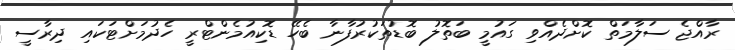
ރާއްޖެ ސަލާމަތް ކޮށްދެއްވި ގައުމީ ބަތޮލު ބޮޑުތަކުރުފާނާ ބެހޭ ޑޮކިއުމެންޓްރީ ހެދުމަށްޓަކައި ދިރާސީ